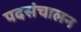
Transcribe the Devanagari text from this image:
पदसंचालन